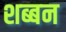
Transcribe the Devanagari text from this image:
शब्बन